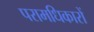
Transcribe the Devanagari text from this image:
परामधिकारों